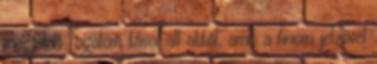
megjelölt fogalom távol áll attól, amit a finom jelzővel